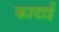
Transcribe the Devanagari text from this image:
कादाई